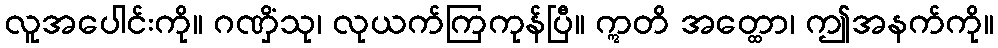
လူအပေါင်းကို။ ဂဏှိံသု၊ လုယက်ကြကုန်ပြီ။ ဣတိ အတ္ထော၊ ဤအနက်ကို။